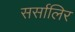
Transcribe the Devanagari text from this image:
सर्सालिर